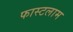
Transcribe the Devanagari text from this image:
फास्टलाम